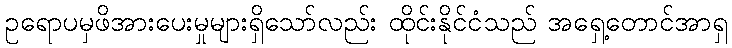
ဥရောပမှဖိအားပေးမှုများရှိသော်လည်း ထိုင်းနိုင်ငံသည် အရှေ့တောင်အာရှ